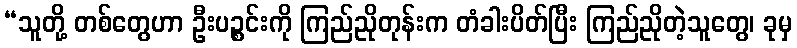
“သူတို့ တစ်တွေဟာ ဦးပဉ္စင်းကို ကြည်ညိုတုန်းက တံခါးပိတ်ပြီး ကြည်ညိုတဲ့သူတွေ၊ ခုမှ